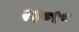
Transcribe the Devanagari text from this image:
२३८५८